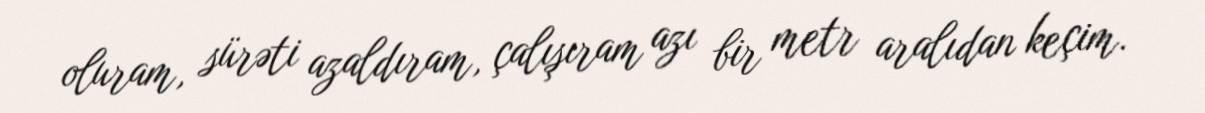
oluram, sürəti azaldıram, çalışıram azı bir metr aralıdan keçim.